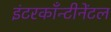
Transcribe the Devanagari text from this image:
इंटरकाँन्टीनेंटल